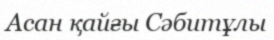
Асан қайғы Сәбитұлы